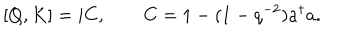
[ Q , K ] = i C , \qquad C = 1 - ( 1 - q ^ { - 2 } ) a ^ { \dagger } a .